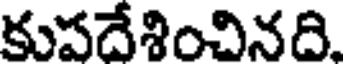
కుపదేశించినది.